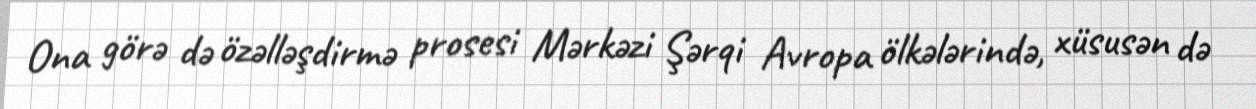
Ona görə də özəlləşdirmə prosesi Mərkəzi Şərqi Avropa ölkələrində, xüsusən də